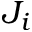
J _ { i }